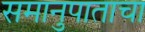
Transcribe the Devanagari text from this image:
समानुपाताचा